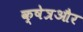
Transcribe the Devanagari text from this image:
क्षेत्रऔर